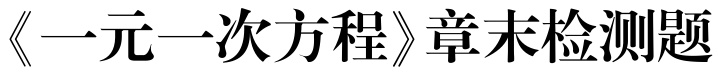
《一元一次方程》章末检测题